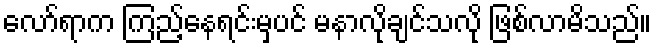
လော်ရာက ကြည့်နေရင်းမှပင် မနာလိုချင်သလို ဖြစ်လာမိသည်။